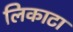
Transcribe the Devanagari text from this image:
लिकाटा